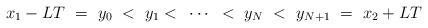
LaTeX: \begin{align*} x_1-LT ~=~y_0~<~y_1<~\cdots~ <~y_N~<~y_{N+1}~=~x_2+LT\end{align*}